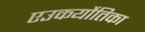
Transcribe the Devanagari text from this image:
एउकर्योतिका